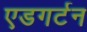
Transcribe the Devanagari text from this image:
एडगर्टन